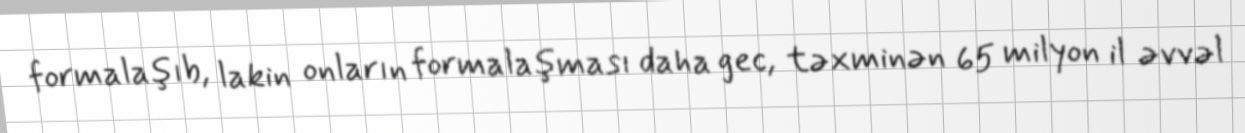
formalaşıb, lakin onların formalaşması daha gec, təxminən 65 milyon il əvvəl